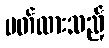
ပတ်ထားသည့်